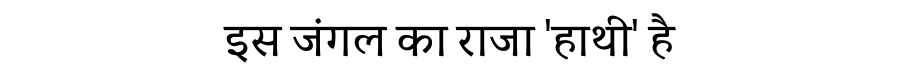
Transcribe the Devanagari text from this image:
इस जंगल का राजा 'हाथी' है